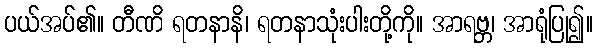
ပယ်အပ်၏။ တီဏိ ရတနာနိ၊ ရတနာသုံးပါးတို့ကို။ အာရဗ္ဘ၊ အာရုံပြု၍။